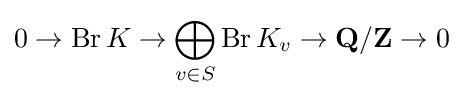
0\rightarrow \operatorname {Br} K\rightarrow \bigoplus _{v\in S}\operatorname {Br} K_{v}\rightarrow \mathbf {Q} /\mathbf {Z} \rightarrow 0